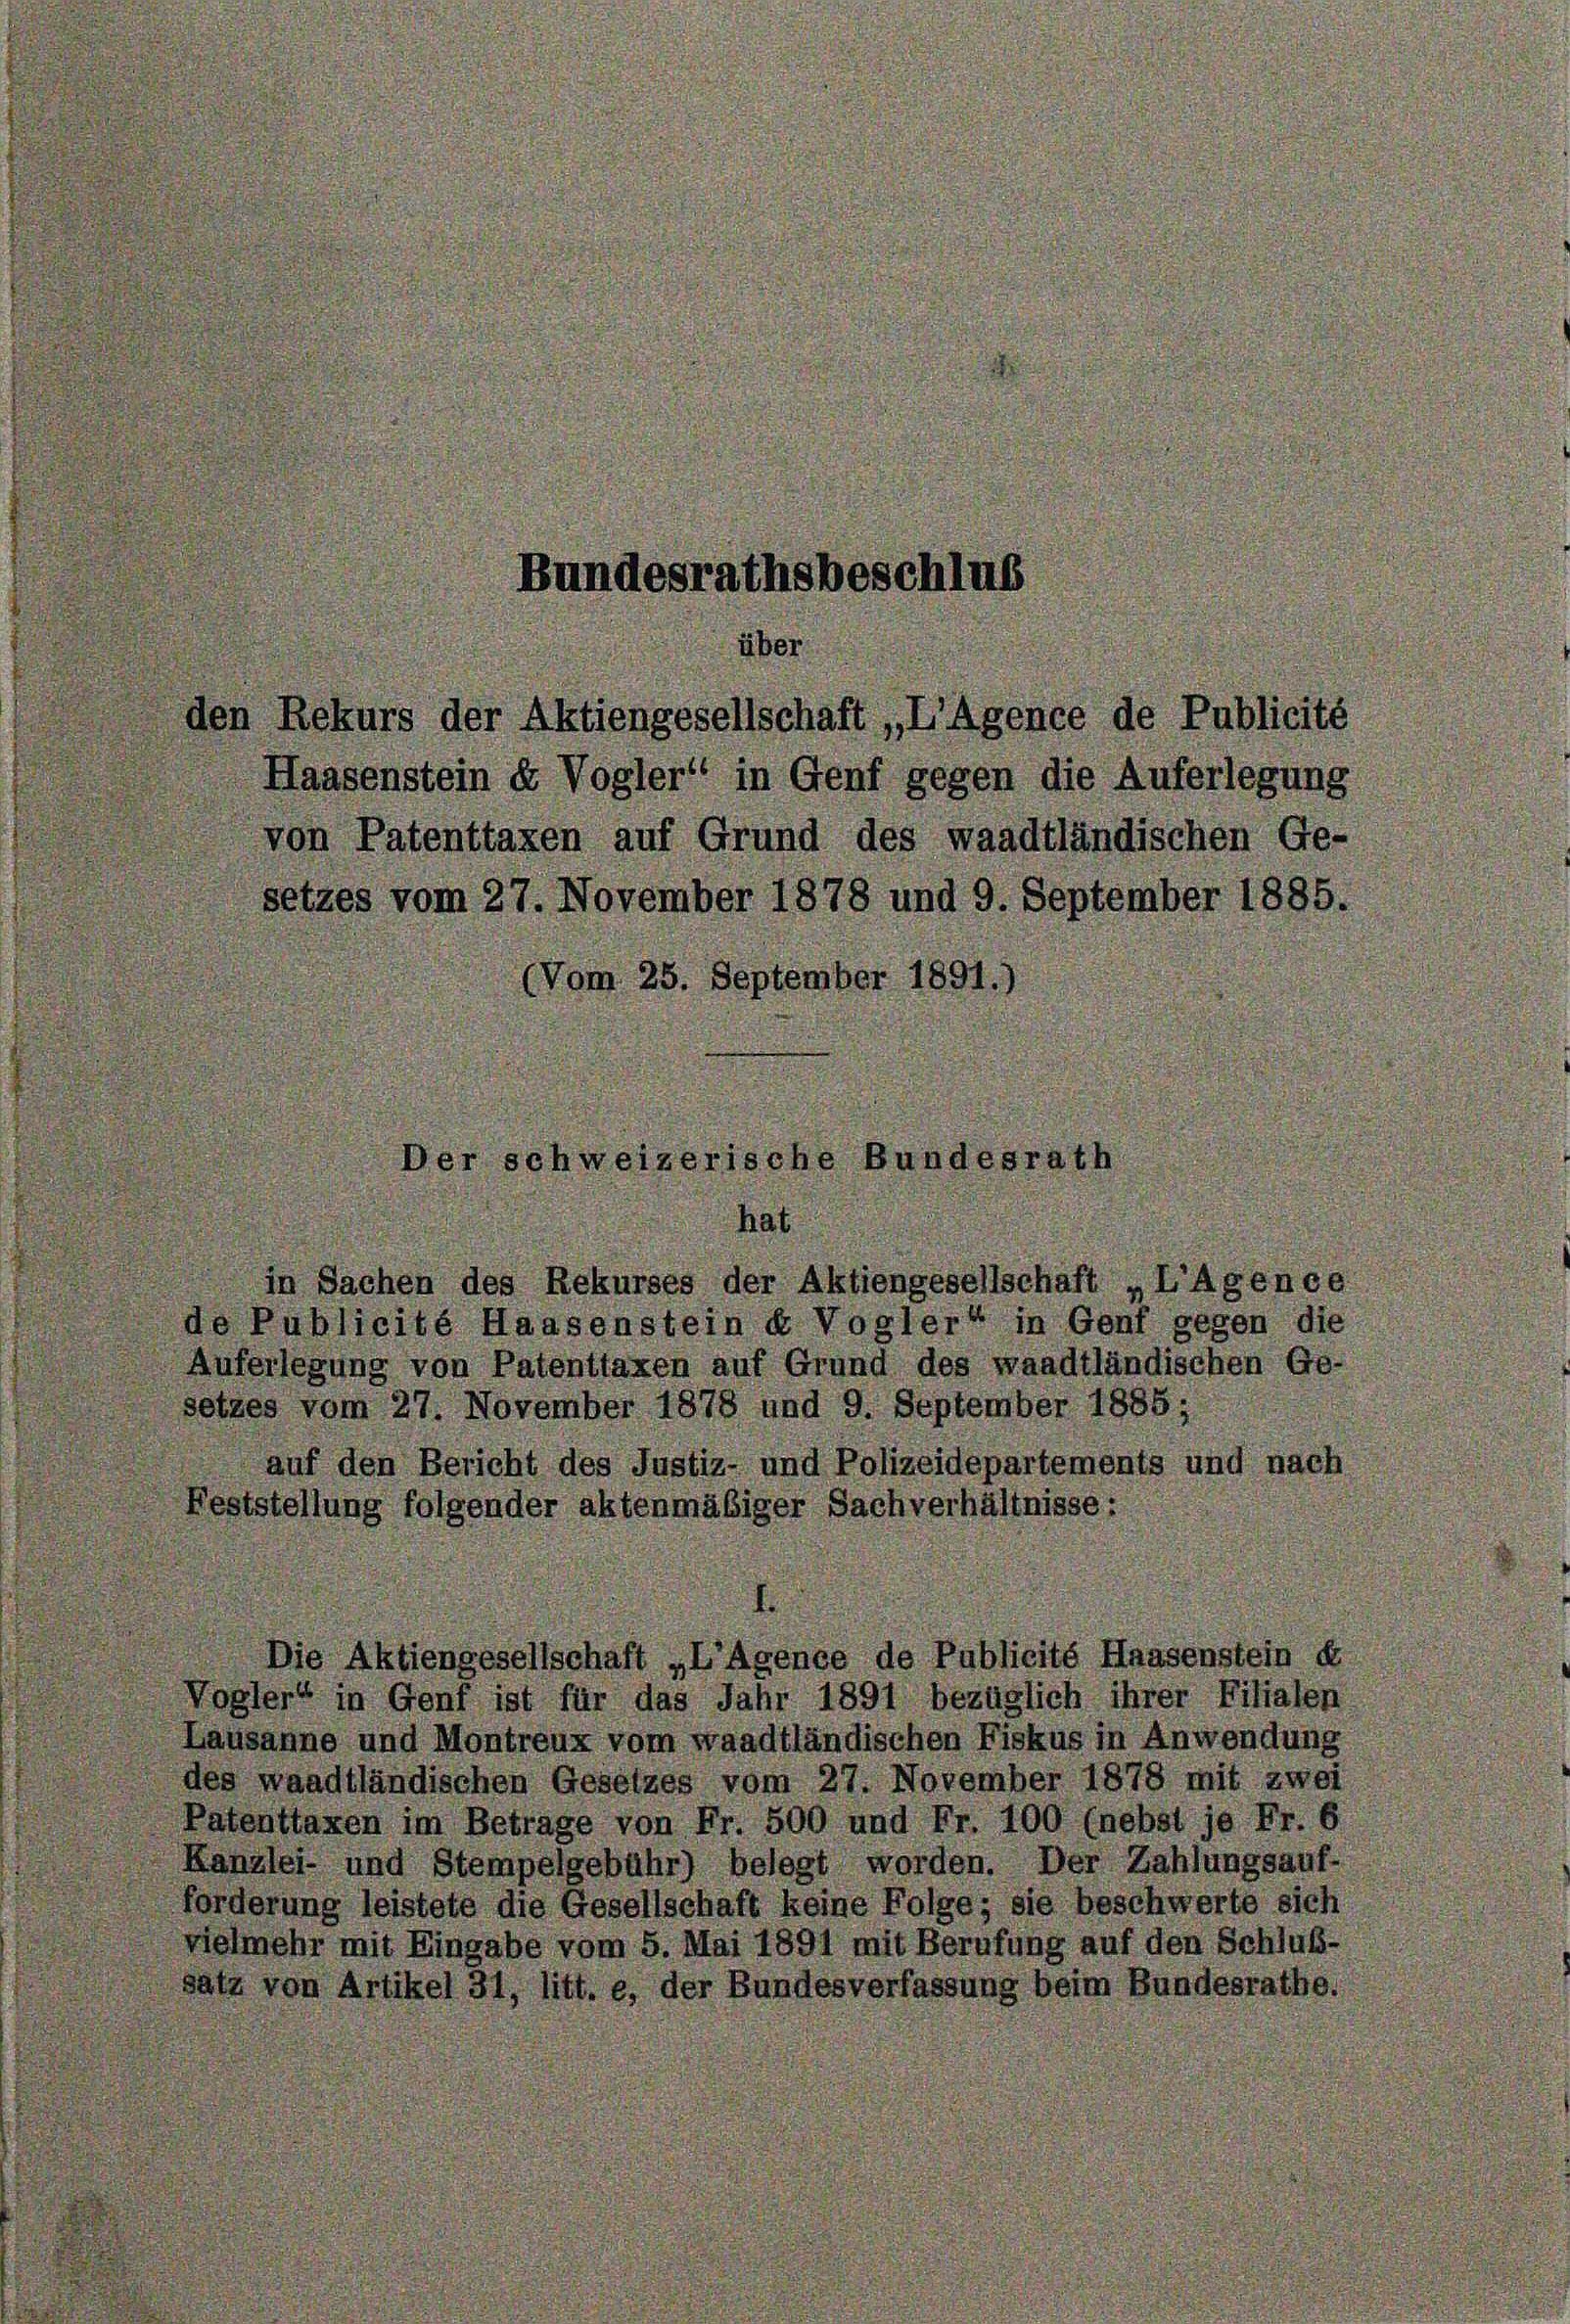
undesrathsbeschl
über
den Rekurs der Aktiengesellschaft „L’Agence de Publicité
Haasenstein d Vogler“ in Genf gegen die Auferlegung
von Patenttaxen auf Grund des waadtländischen Ge-
setzes vom 27. November 1878 und 9. September 1885,
(Vom 25. September

Der schweizerische Bundesr
hat

in Sachen des Rekurses der Aktiengesellschaft „L’Agenc
de Publicité Haasenstein d Vogler“ in Genf gegen die
Auferlegung von Patenttaxen auf Grund des waadtländischen Ge-
setzes vom 27. November 1878 und 9. September 1885;
auf den Bericht des Justiz- und Polizeidepartements und
ststellung folgender aktenmäßiger Sachverhältnisse:
e Aktiengesellschaft „L’Agence de Publicité Haasenstein
ogler“ in Genf ist für das Jahr 1891 bezüglich ihrer Filialen
Lausanne und Montreux vom waadtländischen Fiskus in Anwendung
des waadtländischen Gesetzes vom 27. November 1878 mit zwei
Patenttaxen im Betrage von Fr. 500 und Fr. 100 (nebst je Fr. 6
Kanzlei- und Stempelgebühr) belegt worden. Der Zahlungsauf
forderung leistete die Gesellschaft keine Folge; sie beschwerte sich
vielmehr mit Eingabe vom 5. Mai 1891 mit Berufung auf den Schluß-
satz von Artikel 31, litt. e, der Bundesverfassung beim Bundesrathe